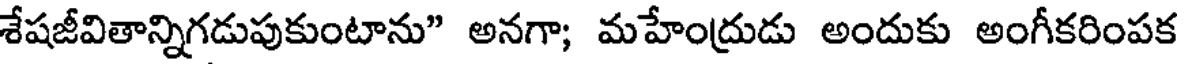
శేషజీవితాన్నిగడుపుకుంటాను" అనగా; మహేంద్రుడు అందుకు అంగీకరింపక